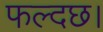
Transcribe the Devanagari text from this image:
फल्दछ।